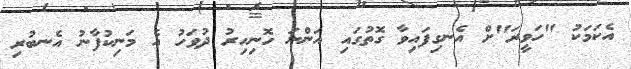
އެކަމަކު "ހަވީރަ"ށް އެނގިފައިވާ ގޮތުގައި އަންނަ ހޮނިހިރު ދުވަހު އެ މަނިކުފާނު އެނބުރި